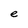
Character: e